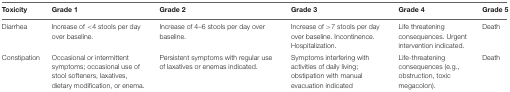
<table><thead><tr><td><b>Toxicity</b></td><td><b>Grade 1</b></td><td><b>Grade 2</b></td><td><b>Grade 3</b></td><td><b>Grade 4</b></td><td><b>Grade 5</b></td></tr></thead><tbody><tr><td>Diarrhea</td><td>Increase of &lt;4 stools per day over baseline.</td><td>Increase of 4–6 stools per day over baseline.</td><td>Increase of &gt;7 stools per day over baseline. Incontinence. Hospitalization.</td><td>Life threatening consequences. Urgent intervention indicated.</td><td>Death</td></tr><tr><td>Constipation</td><td>Occasional or intermittent symptoms; occasional use of stool softeners, laxatives, dietary modification, or enema.</td><td>Persistent symptoms with regular use of laxatives or enemas indicated.</td><td>Symptoms interfering with activities of daily living; obstipation with manual evacuation indicated</td><td>Life-threatening consequences (e.g., obstruction, toxic megacolon).</td><td>Death</td></tr></tbody></table>